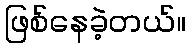
ဖြစ်နေခဲ့တယ်။